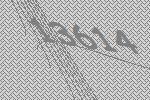
13614